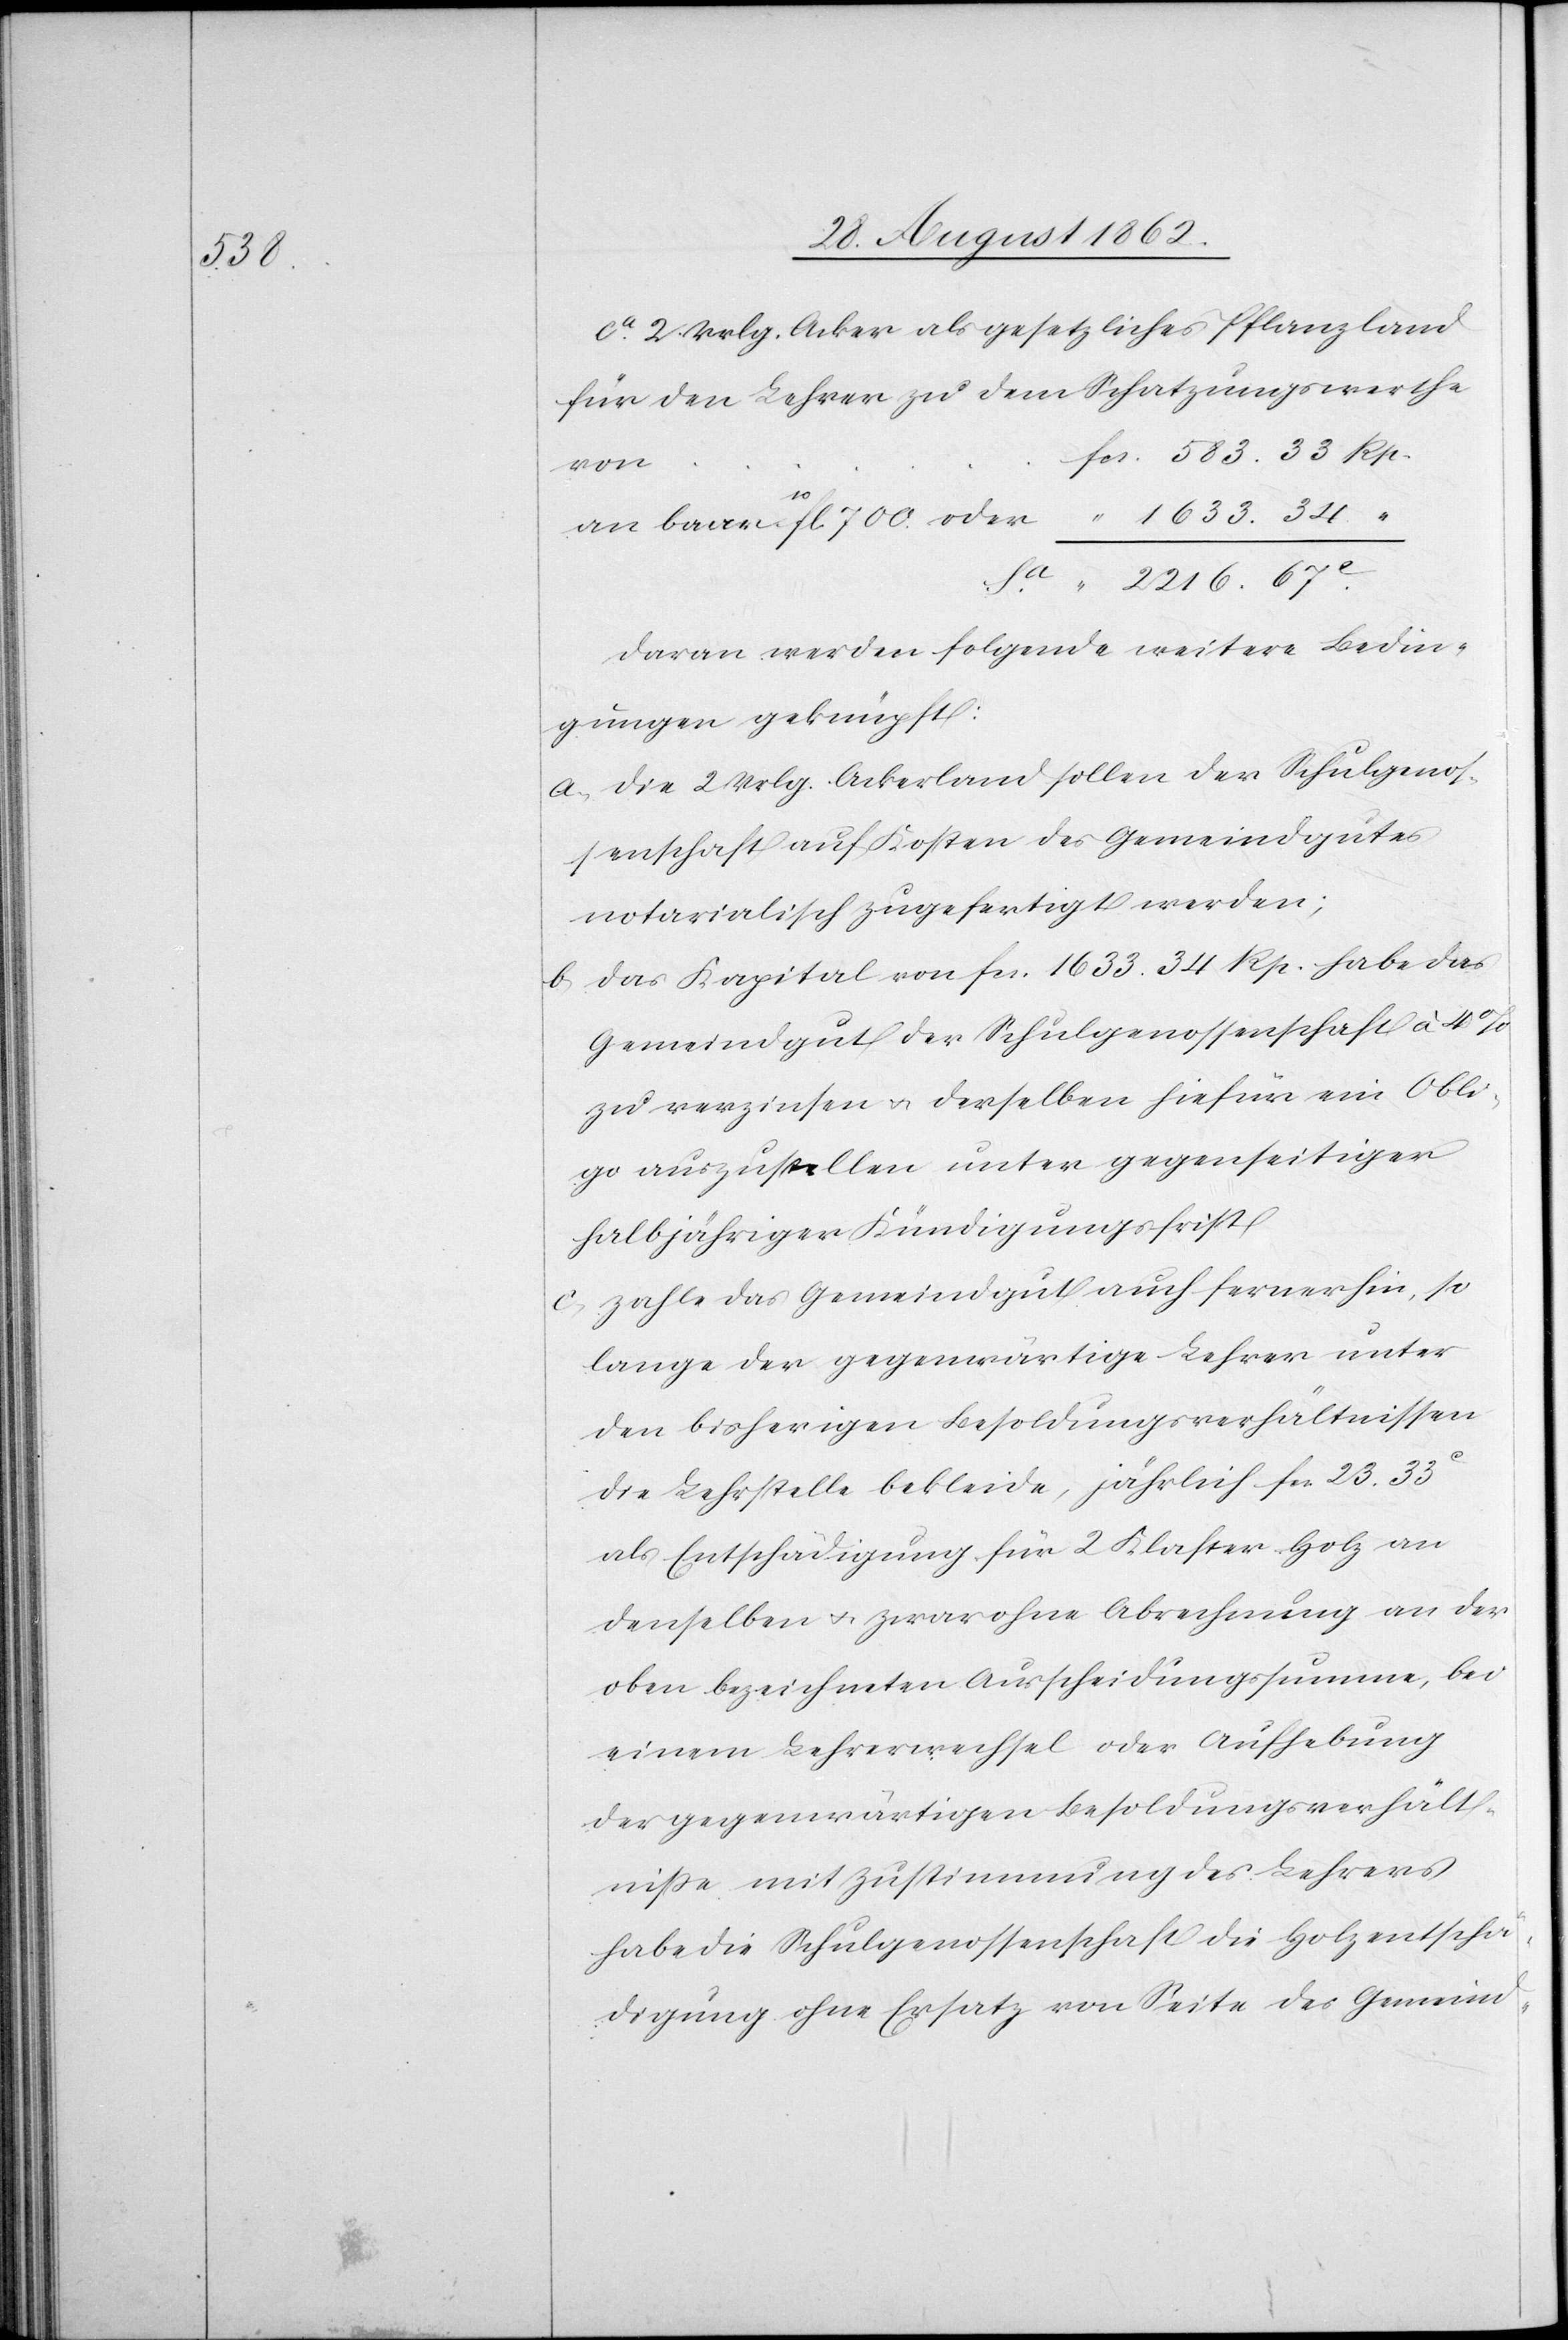
2216.

67.

ca 2 Vrlg. Acker als gesetzliches Pflanzland
für den Lehrer zu dem Schatzungswerthe
oder
700
Daran werden folgende weitere Bedin¬
gungen geknüpft:
a. die 2 Vrlg. Ackerland sollen der Schulgenos¬
senschaft auf Kosten des Gemeindgutes
notarialisch zugefertigt werden;
b. das Kapital von fcs. 1633 34 Rp. habe das
Gemeindgut der Schulgenossenschaft à 4%
zu verzinsen u. derselben hiefür ein Obli¬
go auszustellen unter gegenseitiger
halbjähriger Kündigungsfrist.
c. zahle das Gemeindgut auch fernerhin, so
lange der gegenwärtige Lehrer unter
den bisherigen Besoldungsverhältnissen
die Lehrstelle bekleide, jährlich fcs. 23. 33C
als Entschädigung für 2 Klafter Holz an
denselben u. zwar ohne Abrechnung an der
oben bezeichneten Ausscheidungssumme, bei
einem Lehrerwechsel oder Aufhebung
der gegenwärtigen Besoldungsverhält¬
niße mit Zustimmung des Lehrers
habe die Schulgenossenschaft die Holzentschä¬
digung ohne Ersatz von Seite des Gemeind-